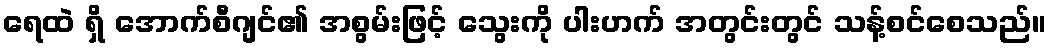
ရေထဲ ရှိ အောက်စီဂျင်၏ အစွမ်းဖြင့် သွေးကို ပါးဟက် အတွင်းတွင် သန့်စင်စေသည်။